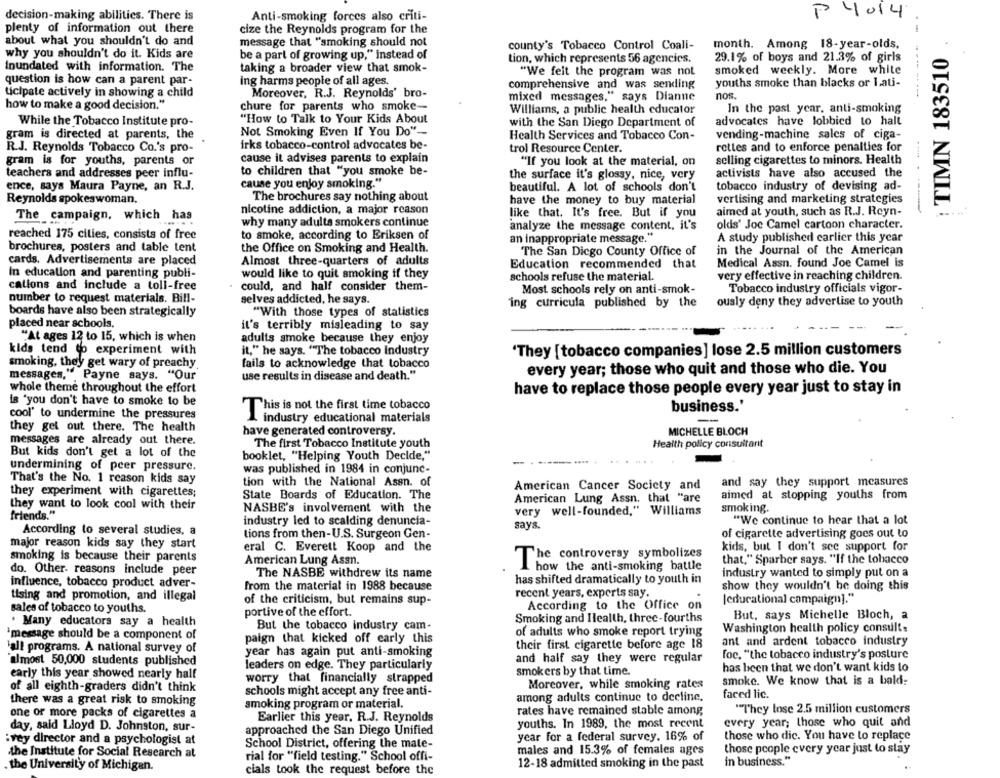
decision-making abilities. There is
P 4014
Anti-smoking forces also criti-
plenty of information out there
cize the Reynolds program for the
about what you shouldn't do and
message that "smoking should not
county's Tobacco Control Coali-
month. Among 18-year-olds.
:TIMN 183510
why you shouldn't do it. Kids are
be a part of growing up," instead of
tion, which represents 56 agencies.
29.1% of boys and 21.3% of girls
Inundated with information. The
taking a broader view that smok-
smoked weekly. More white
"We felt the program was not
question is how can a parent par-
ing harms people of all ages.
comprehensive and was sending
youths smoke than blacks or 1.ati-
Moreover, R.J. Reynolds' bro-
nos.
-----
ticipate actively in showing a child
mixed messages," says Dianne
how to make a good decision."
chure for parents who smoke-
Williams, a public health educator
In the past year. anti-smoking
While the Tobacco Institute pro-
"How to Talk to Your Kids About
with the San Diego Department of
advocates have lobbied to halt
Not Smoking Even If You Do"-
gram is directed at parents, the
Health Services and Tobacco Con-
vending-machine sales of ciga-
R.J. Reynolds Tobacco Co.'s pro-
irks tobacco-control advocates be-
trol Resource Center.
rettes and to enforce penalties for
gram is for youths, parents or
cause it advises parents to explain
"If you look at the material, on
selling cigarettes to minors. Health
to children that "you smoke be-
teachers and addresses peer influ-
the surface it's glossy, nice, very
activists have also accused the
ence, says Maura Payne, an R.J.
cause you enjoy smoking."
beautiful. A lot of schools don't
tobacco industry of devising ad-
Reynolds spokeswoman.
The brochures say nothing about
have the money to buy material
vertising and marketing strategies
nicotine addiction, a major reason
The campaign, which has
like that. It's free. But if you
aimed at youth, such as R.J. Reyn-
why many adults smokers continue
analyze the message content, it's
olds' Joe Camel cartoon character.
reached 175 cities, consists of free
to smoke, according to Eriksen of
an inappropriate message."
A study published earlier this year
brochures, posters and table tent
the Office on Smoking and Health.
in the Journal of the American
The San Diego County Office of
cards. Advertisements are placed
Almost three-quarters of adults
Education recommended that
Medical Assn. found Joe Camel is
In education and parenting publi-
would like to quit smoking if they
schools refuse the material.
very effective in reaching children.
cations and include a toll-free
could, and half consider them-
Most schools rely on anti-smok-
Tobacco industry officials vigor-
number to request materials. Bill-
selves addicted, he says.
ing curricula published by the
ously deny they advertise to youth
boards have also been strategically
"With those types of statistics
placed near schools,
it's terribly misleading to say
"At ages 12 to 15, which is when
adults smoke because they enjoy
kids tend to experiment with
it," he says. "The tobacco Industry
'They [tobacco companies] lose 2.5 million customers
smoking, they get wary of preachy
fails to acknowledge that tobacco
every year; those who quit and those who die. You
messages,", Payne says. "Our
use results in disease and death."
whole theme throughout the effort
have to replace those people every year just to stay in
is "you don't have to smoke to be
This is not the first time tobacco
business.'
cool' to undermine the pressures
industry educational materials
-
they get out there. The health
have generated controversy.
MICHELLE BLOCH
messages are already out there.
The first Tobacco Institute youth
Health policy consultarit
But kids don't get a lot of the
booklet, "Helping Youth Decide,"
undermining of peer pressure.
was published in 1984 in conjunc-
That's the No. 1 reason kids say
tion with the National Assn. of
and say they support measures
American Cancer Society and
they experiment with cigarettes;
State Boards of Education. The
American Lung Assn. that "are
aimed at stopping youths from
they want to look cool with their
friends."
NASBE's involvement with the
very well-founded," Williams
smoking.
industry led to scalding denuncia-
"We continue to hear that a lot
says.
According to several studies, a
tions from then-U.S. Surgeon Gen-
of cigarette advertising goes out to
major reason kids say they start
eral C. Everett Koop and the
kids, but I don't see support for
smoking is because their parents
American Lung Assn.
The controversy symbolizes
that." Sparber says. "If the tobacco
how the anti-smoking battle
do. Other reasons include peer
The NASBE withdrew its name
industry wanted to simply put on a
influence, tobacco product adver-
has shifted dramatically to youth in
from the material in 1988 because
show they wouldn't be doing this
tising and promotion, and illegal
recent years, experts say.
[educational campaign]."
of the criticism, but remains sup-
According to the Office on
sales of tobacco to youths.
portive of the effort.
. Many educators say a health
Smoking and Health, three-fourths
But, says Michelle Bloch, a
But the tobacco industry cam-
Washington health policy consults
`message should be a component of
paign that kicked off early this
of adults who smoke report trying
their first cigarette before age 18
ant and ardent tobacco industry
'all programs. A national survey of
year has again put anti-smoking
and half say they were regular
foc. "the tobacco industry's posture
'almost 50,000 students published
leaders on edge. They particularly
has been that we don't want kids to
early this year showed nearly half
smokers by that time.
worry that financially strapped
Moreover, while smoking rates
smoke. We know that is a bold;
of all eighth-graders didn't think
schools might accept any free anti-
among adults continue to decline.
faced lic.
there was a great risk to smoking
smoking program or material.
one or more packs of cigarettes a
rates have remained stable among
"They lose 2.5 million customers
Earlier this year. R.J. Reynolds
youths. In 1989, the most recent
every year; those who quit and
day, said Lloyd D. Johnston, sur-
approached the San Diego Unified
year for a federal survey. 16% of
those who die. You have to replace
:vey director and a psychologist at
School District, offering the mate-
the Institute for Social Research at
males and 15.3% of females ages
those people every year just to stay
rial for "field testing." School offi-
in business."
the University of Michigan.
cials took the request before the
12-18 admitted smoking in the past